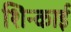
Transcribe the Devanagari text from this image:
शिन्काई